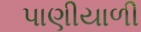
પાણીયાળી